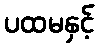
ပထမနှင့်